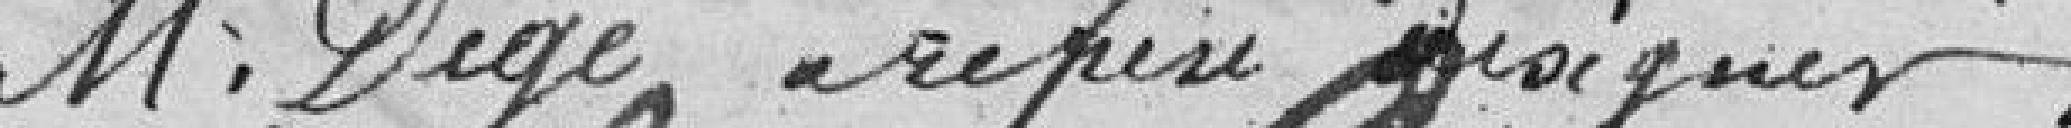
M. DEGE a refusé de signer